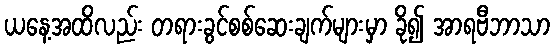
ယနေ့အထိလည်း တရားခွင်စစ်ဆေးချက်များမှာ ခို၍ အာရဗီဘာသာ